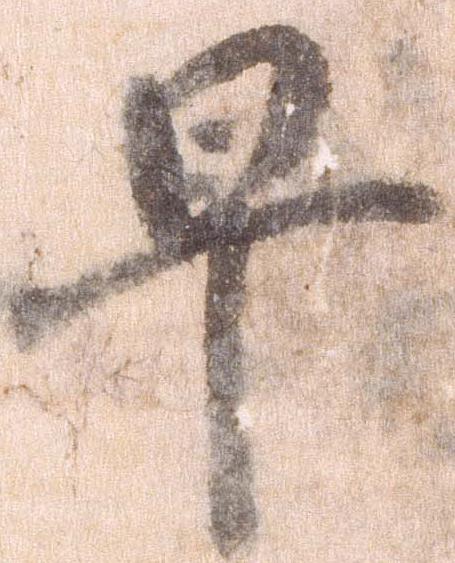
早